Leaving Certificate Examination (including Day School Certificate (Higher) General paper), 1928
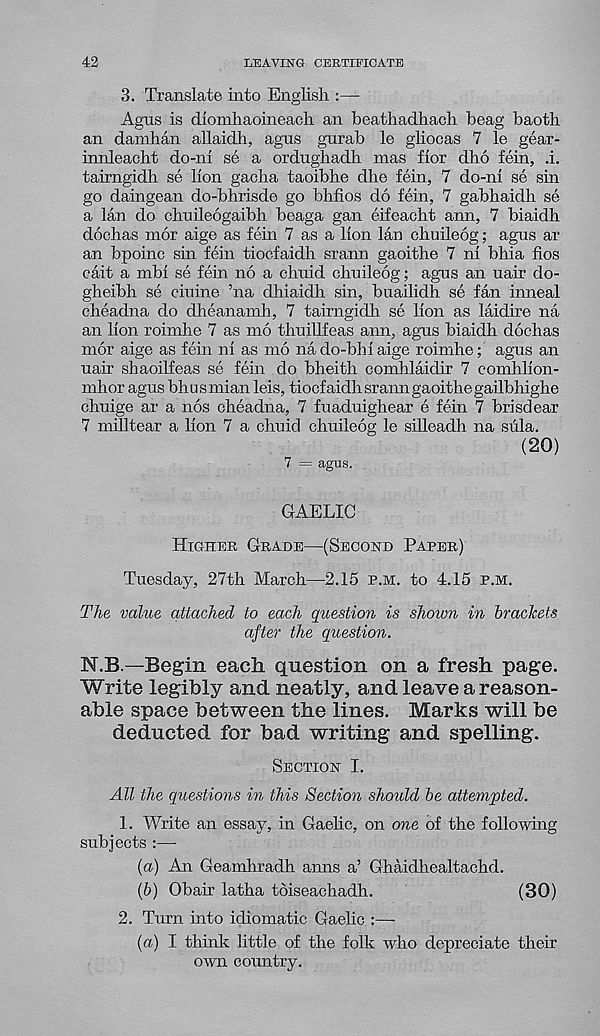
42
LEAVING CERTIFICATE
3. Translate into English :—
Agus is diomhaoineach an beathadhach beag baoth
an damhan allaidh, agns gurab le gliocas 7 le gear-
innleacht do-ni se a ordughadh mas fior dho fein, .i.
tairngidh se lion gacha taoibhe dhe fein, 7 do-ni se sin
go daingean do-bhrisde go blifios do fein, 7 gabhaidh se
a lan do chuileogaibh beaga gan eifeacht ann, 7 biaidh
dochas mor aige as fein 7 as a lion lan chuileog; agus ar
an bpoinc sin fein tiocfaidh srann gaoithe 7 ni bhia fios
cait a mbi se fein no a chuid chuileog; agus an uair do-
gheibh se ciuine ’na dhiaidh sin, buailidh se fan inneal
cheadna do dheanamh, 7 tairngidh se lion as laidire na
an lion roimhe 7 as mo thuillfeas ann, agus biaidh dochas
mor aige as fein ni as mo nado-bhiaige roimhe; agus an
uair shaoilfeas se fein do bheith comhlaidir 7 comhlion-
mhor agus bhusmian leis, tiocfaidh srann gaoithe gailbhighe
chuige ar a nos cheadna, 7 fuaduighear e fein 7 brisdear
7 milltear a lion 7 a chuid chuileog le silleadh na sula.
(20)
7 = agus.
GAELIC
Higher Grade—(Second Paper)
Tuesday, 27th March—2.15 p.m. to 4.15 p.m.
The value attached to each question is shown in brackets
after the question.
N.B.—Begin each, question on a fresh page.
Write legibly and neatly, and leave a reason-
able space between the lines. Marks will be
deducted for bad writing and spelling.
Section I.
All the questions in this Section should be attempted.
1. Write an essay, in Gaelic, on one of the following
subjects :—
(а) An Geamhradh anns a’ Ghaidhealtachd.
(б) Obair latha toiseachadh.
(30)
2. Turn into idiomatic Gaelic :—-
(a) I think little of the folk who depreciate their
own country.